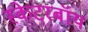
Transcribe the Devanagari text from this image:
स्केटरबॉय